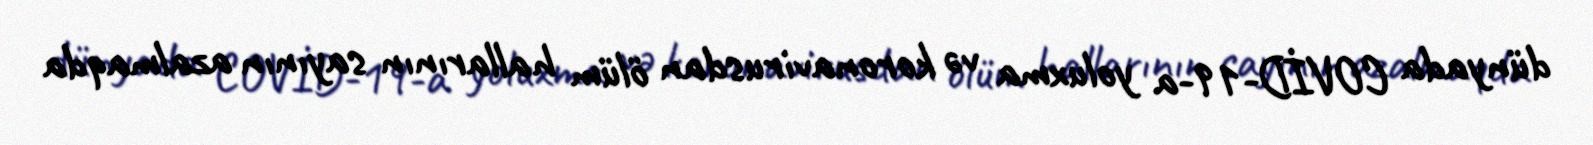
dünyada COVİD-19-a yoluxma və koronavirusdan ölüm hallarının sayının azalmaqda